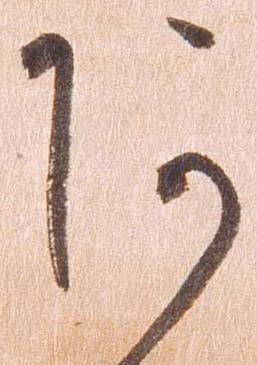
阿